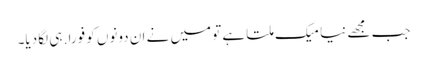
جب مجھے نیا میک ملتا ہے تو میں نے ان دونوں کو فورا. ہی لگا دیا۔